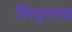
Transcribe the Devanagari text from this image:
पिस्तुलचा